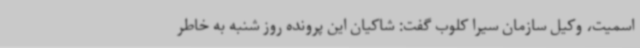
اسمیت، وکیل سازمان سیرا کلوب گفت: شاکیان این پرونده روز شنبه به خاطر